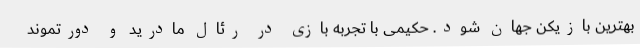
بهترین بازیکن جهان شود. حکیمی با تجربه بازی در رئال مادرید و دورتموند